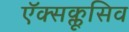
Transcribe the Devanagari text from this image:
ऍक्सक्लूसिव